Annual administration report of the Civil Veterinary Department of India - 1896-1897
Year: 1896
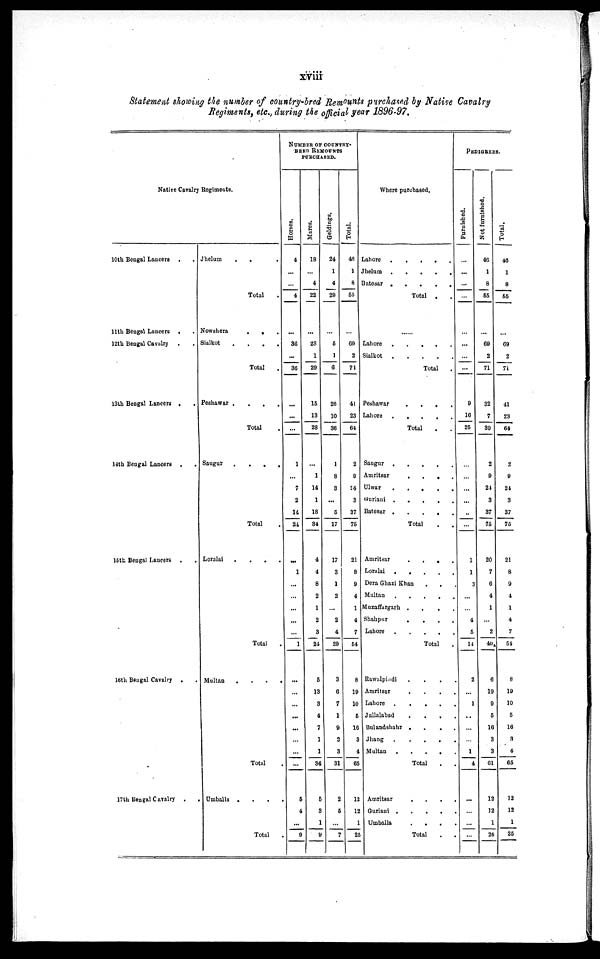
xviii
Statement showing the number of country-bred Remounts purchased by Native Cavalry
Regiments, etc., during the official year 1896-97.
Native Cavalry Regiments.
10th Bengal Lancers . .
11th Bengal Lancers . .
12th Bengal Cavalry . .
13th Bengal Lancers . .
14th Bengal Lancers . .
15th Bengal Lancers .
16th Bengal Cavalry . .
.
17th Bengal Cavalry .
Jhelum
.
.
.
Total .
Nowshera
.
.
.
Sialkot . . . . .
Total
Peshawar . . . . .
Total .
Saugur . . . .
Total
Loralai . . . .
Total .
Multan
.
Total
Umballa . . . .
Total
NUMBER OF COUNTRY-
BERD REMOUNTS
Hor s es .
4
...
...
4
...
36
...
36
...
...
...
1
...
7
2
14
24
...
1
...
...
...
...
...
1
...
...
...
...
...
...
...
...
5
4
...
9
Mar es .
18
...
4
22
...
28
1
29
15
13
28
...
1
14
1
18
34
4
4
8
2
1
2
3
24
5
13
3
4
7
1
1
34
5
3
1
9
Geldings.
24
1
4
29
...
6
1
6
26
10
36
1
8
3
...
5
17
17
3
1
2
...
2
4
29
3
6
7
1
9
2
3
31
2
5
...
7
Tot al .
46
1
8
55
...
69
2
71
41
23
64
2
9
24
3
37
75
21
8
9
4
1
4
7
54
8
19
10
5
16
3
4
65
12
12
1
25
Where purchased.
Lahore
.
.
.
.
.
Jhelum
.
.
.
.
.
Batesar
.
.
.
.
Total . .
......
Lahore
.
.
.
.
.
Sialkot
.
.
.
.
.
Total
.
Peshawar
.
.
.
.
Lahore . . . . .
Total . .
Saugur
.
.
.
.
.
Amritsar
.
.
.
.
.
Ulwar
.
.
.
.
.
Guriani .
.
.
.
Batesur .
.
.
.
.
Total . .
Amritsar
.
.
.
.
.
Loralai
.
.
.
.
.
Dera Ghazi Khan . . .
Multan
.
.
.
.
.
Muzaffargarh .
.
.
.
Shahpur
.
.
.
.
Lahore . . . .
Total .
Rawalpindi . . . .
Amritsar . . . . .
Lahore
.
.
.
.
.
Jallalabad . . . . .
Bulandshahr . . . . .
Jhang . . . . .
Multan
.
.
.
.
.
Total . .
Amritsar
.
.
.
.
.
Guriani . . . . . .
Umballa
.
.
.
.
.
Total . .
PEDIGREES.
Furnished.
...
...
...
...
...
...
...
...
9
16
25
...
...
...
...
..
...
1
1
3
...
...
4
5
14
2
...
1
...
...
...
1
4
...
...
...
...
Not f
ur ni s hed.
46
1
8
55
...
69
2
71
32
7
39
2
9
24
3
37
75
20
7
6
4
1
...
2
40
6
19
9
6
16
3
3
61
12
12
1
25
Tot al .
46
1
8
55
...
69
2
71
41
23
64
2
9
24
3
37
75
21
8
9
4
1
4
7
54
8
19
10
5
16
3
4
65
12
12
1
25